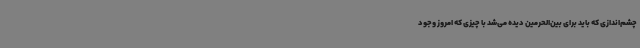
چشم‌اندازی که باید برای بین‌الحرمین دیده می‌شد با چیزی که امروز وجود